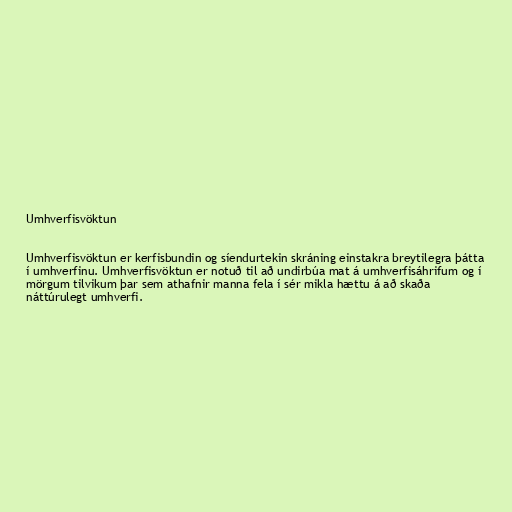
Umhverfisvöktun

Umhverfisvöktun er kerfisbundin og síendurtekin skráning einstakra breytilegra þátta
í umhverfinu. Umhverfisvöktun er notuð til að undirbúa mat á umhverfisáhrifum og í
mörgum tilvikum þar sem athafnir manna fela í sér mikla hættu á að skaða
náttúrulegt umhverfi.